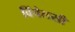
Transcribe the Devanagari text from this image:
विंचेलसी